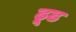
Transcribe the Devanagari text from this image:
ढूढ